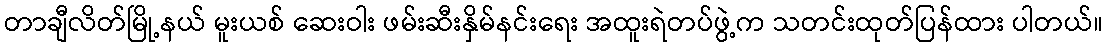
တာချီလိတ်မြို့နယ် မူးယစ် ဆေးဝါး ဖမ်းဆီးနှိမ်နင်းရေး အထူးရဲတပ်ဖွဲ့က သတင်းထုတ်ပြန်ထား ပါတယ်။